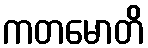
ကတမောတိ